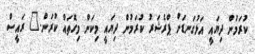
ކުރަމުން ދިޔައީ އަޅުގަނޑަށް ޕްރެޝަރު ކުރަމުން ދިޔައީ މިކަން މިގޮތައް ކުރަން." ރައީސް